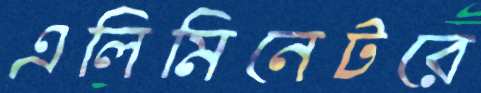
এলিমিনেটরে